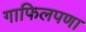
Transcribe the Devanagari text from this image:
गाफिलपणा